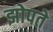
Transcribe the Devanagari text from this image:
झोपते